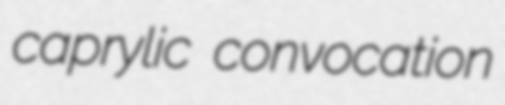
caprylic convocation